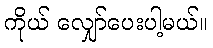
ကိုယ် လျှော်ပေးပါ့မယ်။